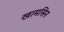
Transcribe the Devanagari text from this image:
खामसिन